Annual report of the Civil Veterinary Department, Bengal, for the year 1896-97 - 1896-1897
Year: 1896
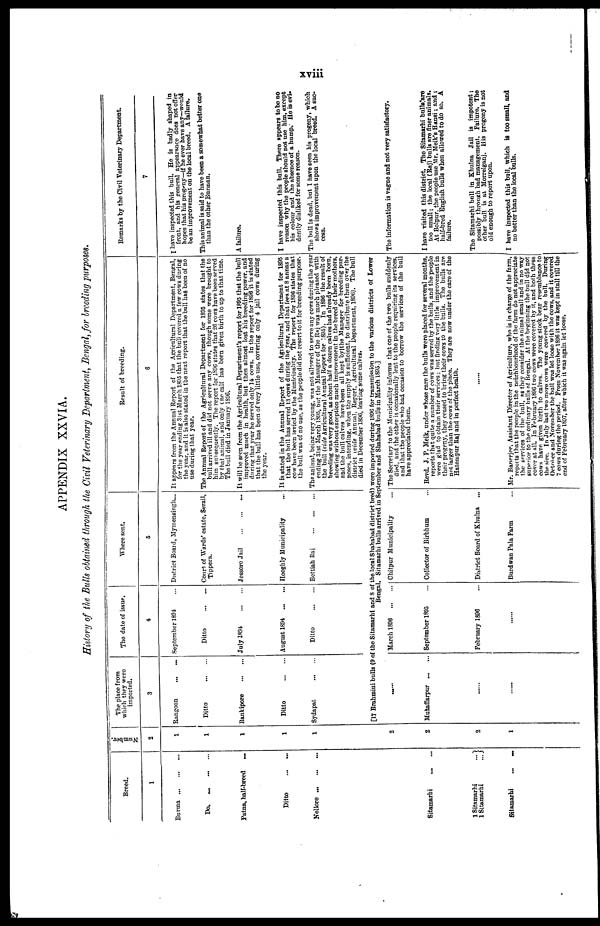
xviii
APPENDIX XXVIA.
History of the Bulls obtained through the Civil Veterinary Department, Bengal, for breeding purposes.
Breed.
1
Burma ... ... ...
Do. ... ... ...
Patna, hall-breed
...
Ditto ... ...
Nellore ... ... ...
Sitamarhi
...
...
1 Sitamarhi
...
1 Sitamarhi
...
Sitamarhi
...
...
Number.
2
1
1
1
1
1
2
2
2
1
The place from
which they were
imported.
3
Rangoon
Ditto
Bankipore
...
...
Ditto
Sydapat ... ...
The date of issue.
4
September 1894
Ditto ... ...
July 1894
...
...
August 1894 ... ...
Ditto ... ... ...
Where sent.
5
District Board, Mymensingh ...
Court of Wards' estate, Serail,
Tippera.
Jessoro Jail
...
...
...
Hooghly Municipality ...
Bettiah Raj ... ... ...
Result of breeding.
6
It appears from the Annual Report of the Agricultural Department, Bengal,
for the year ending 3lst March 1895 that the bull covered a few cows during
the year, and it is also stated in the next report that the bull has been of no
use during that year.
The Annual Report of the Agricultural Department for 1S95 states that the
bull arrived ill and did not serve any cows, though some were brought to
him subsequently. The report for 1896 states that 26 cows have been served
by that animal, and only one calf has been given birth to up to that time.
The bull died in January 189G.
It will be seen from the Agricultural Department's report for 1895 that the bull
improved much in health, but then almost lost his breeding power, and
during that year he served only 14 cows. In the report for 1896 it is stated
that the bull has been of very little use, covering only 4 jail cows during
the year.
It is stated in the Annual Report of the Agricultural Department for 1895
that the bull has served 13 cows during the year, and that fees at 8 annas a
cow have been levied by the Municipality. The report for 1896 states that
the bull was of no use, as the people did not resort to it for breeding purpose.
The animal, being very young, was not allowed to serve any cows during the year
ending 31st March 1895, but the Manager of the Raj was much pleased with
the bull [vide Agricultural Annual Report for 1895). In 1896 the result of
breeding was very good, as about half a dozen calves had already been born,
showing without exception much improvement in the breed of their mothers,
and the bull calves have been all kept by the Manager for breeding pur-
poses, intending, when the supply is sufficient, to distribute them over the
district (vide Annual, Report, Agricultural Department, 1896). The bull
died in December 1896, leaving some calves.
[17 Brahmini bulls (9 of the Sitamarhi and 8 of the local Shahabad district bred) were imported during 1896 for transmission to the various districts of Lower
... ...
Muzaffarpur...
...
......
.....
Bengal, Sitamarhi bulls arrived in September and Shahabad bulls in March 1895.]
March 1898
September 1895
February 1890
Chitpur Municipality ...
Collector of Birbhum ...
District Board of Khulna ...
Burdwan Pala Farm ...
The Secretary to the Municipality informs that one of the two bulls suddenly
died, and the other is occasionally lent to the people requiring its services,
and that the people who had occasion to borrow the services of the bull
have appreciated them.
Revd. J. P. Meik, under whose care the bulls were placed for several months,
reports that quite a number of cows was served by the bulls, and the people
were glad to obtain their services; but finding very little improvement in
their progeny, they ceased to bring their cows to the bulls. The bulls are
not larger than the cows of the place. They are now under the care of the
Hatempur Raj and in perfect health.
.....
Mr. Banerjee, Assistant Director of Agriculture, who is in charge of the farm,
reports that the people in the neighbourhood of the farm do not appreciate
the services of the bull, as they consider the animal small and in no way
superior to the ordinary bulls of Bengal. At the beginning the bull did not
cover at all. In February 1896 two cows were covered by it, and both these
cows have given birth to calves. The young stock bear resemblance to
the sire. In July last two more cows were covered by the bull. During
October and November the bull was let loose with the cows, and it covered
1 cows during the period. From November 1896 it was kept in stall till the
end of February 1897, after which it was again let loose.
Remarks by the Civil Veterinary Department.
7
I have inspected this bull. He is badly shaped in
front, and his general appearance does not offer
hopes that his progeny—if he ever have any—would
be an improvement on the local breed. A failure.
This animal is said to have been a somewhat better one
than the other Burman,
A failure.
I have inspected this bull. There appears to be no
reason why the people should not use him, except
his colour and the absence of a hump. He is evi-
dently disliked for some reason.
The bull is dead, but I have seen his progeny, which
shows improvement upon the local breed. A suc-
cess.
The information is vague and not very satisfactory.
I have visited this district. The Sitamarhi bulls are
too small; the local (Raj) bulls are finer animals.
At Bolpur. the people use Mr. Meik's Hansi; and ;
half-bred English bulls when allowed to do so. A
failure.
The Sitamarhi bull in Khulna Jail is impotent;
possibly through bad management. Failure. The
other bull is at Morrelganj. His progeny is not
old enough to report upon.
I have inspected this bull, which is too small, and
no better than the local bulls.